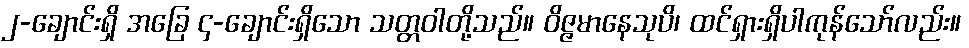
၂-ချောင်းရှိ အခြေ ၄-ချောင်းရှိသော သတ္တဝါတို့သည်။ ဝိဇ္ဇမာနေသုပိ၊ ထင်ရှားရှိပါကုန်သော်လည်း။